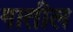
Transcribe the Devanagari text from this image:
गातील